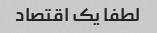
لطفا یک اقتصاد